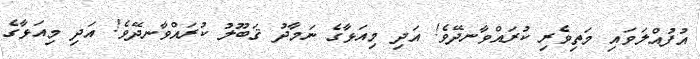
އުފުއްލަވައި މަތިވެރި ކުރައްވާނދޭވެ! އަދި މިއަޅާގެ ނަމާދު ޤަބޫލު ކުރައްވާނދޭވެ! އަދި މިއަޅާގެ